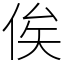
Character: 俟